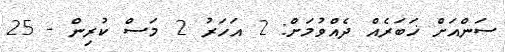
ސަންއަށް ޚަބަރެއް ދެއްވުމަށް: 2 އަހަރު 2 މަސް ކުރިން - 25